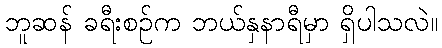
ဘူဆန် ခရီးစဉ်က ဘယ်နှနာရီမှာ ရှိပါသလဲ။